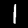
Label: 1